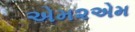
એમ૨એમ